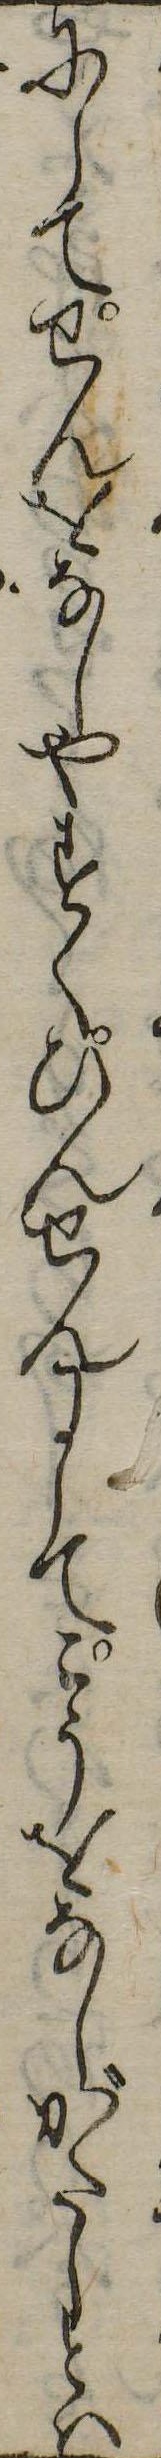
にしてせんをなしやすくひんせんにしてこうをなしがたしとは